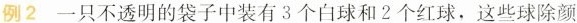
例2 一只不透明的袋子中装有3个白球和2个红球，这些球除颜